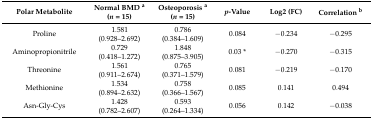
<table><thead><tr><td><b>Polar Metabolite</b></td><td><b>Normal BMD <sup>a</sup>(<i>n</i> = 15)</b></td><td><b>Osteoporosis <sup>a</sup>(<i>n</i> = 15)</b></td><td><b><i>p</i>-Value</b></td><td><b>Log2 (FC)</b></td><td><b>Correlation <sup>b</sup></b></td></tr></thead><tbody><tr><td>Proline</td><td>1.581(0.928–2.692)</td><td>0.786(0.384–1.609)</td><td>0.084</td><td>−0.234</td><td>−0.295</td></tr><tr><td>Aminopropionitrile</td><td>0.729(0.418–1.272)</td><td>1.848(0.875–3.905)</td><td>0.03 *</td><td>−0.270</td><td>−0.315</td></tr><tr><td>Threonine</td><td>1.561(0.911–2.674)</td><td>0.765(0.371–1.579)</td><td>0.081</td><td>−0.219</td><td>−0.170</td></tr><tr><td>Methionine</td><td>1.534 (0.894–2.632)</td><td>0.758(0.366–1.567)</td><td>0.085</td><td>0.141</td><td>0.494</td></tr><tr><td>Asn-Gly-Cys</td><td>1.428(0.782–2.607)</td><td>0.593(0.264–1.334)</td><td>0.056</td><td>0.142</td><td>−0.038</td></tr></tbody></table>